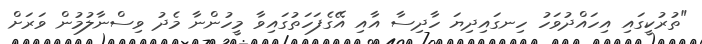
"ތުރުކީގައި އިހައްދުވަހު ހިނގައިދިޔަ ހާދިސާ އާއި އޭގެފަހަތުގައިވާ މީހުންނާ މެދު ވިސްނާލުމުން ވަރަށް